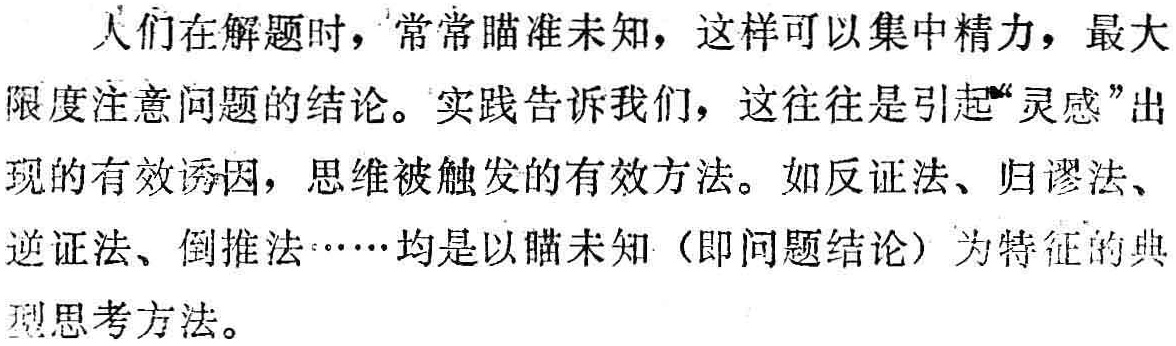
人们在解题时，常常瞄准未知，这样可以集中精力，最大限度注意问题的结论。实践告诉我们，这往往是引起“灵感”出现的有效诱因，思维被触发的有效方法。如反证法、归谬法、逆证法、倒推法……均是以瞄未知（即问题结论）为特征的典型思考方法。